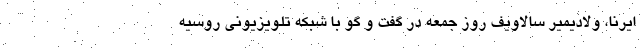
ایرنا، ولادیمیر سالاویف روز جمعه در گفت و گو با شبکه تلویزیونی روسیه